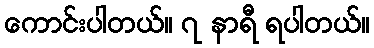
ကောင်းပါတယ်။ ၇ နာရီ ရပါတယ်။